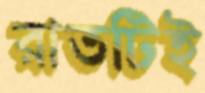
রাতটিই